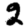
Digit: 2